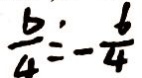
\frac { b } { 4 } = - \frac { 6 } { 4 }